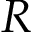
R